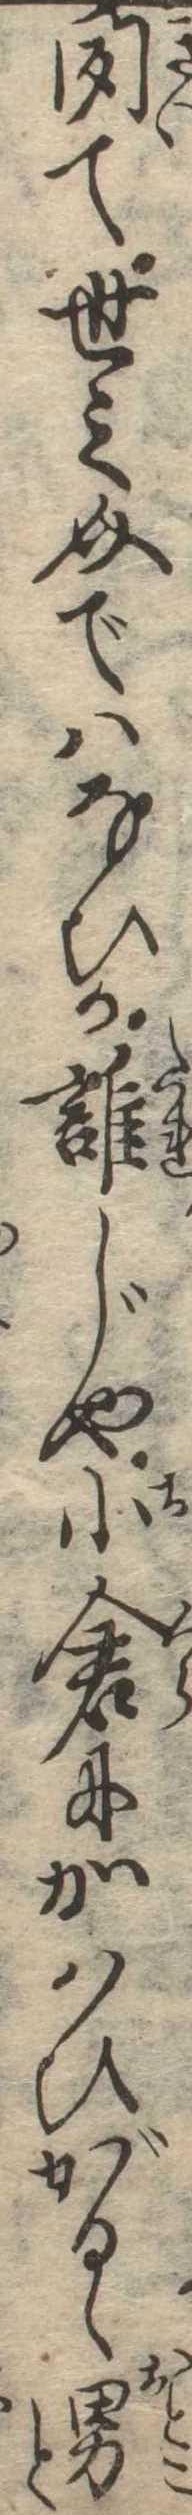
聞て世之介ではなひか誰じや小倉にかはひがるゝ男と